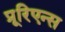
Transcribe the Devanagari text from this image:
प्रूरिएन्स